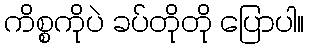
ကိစ္စကိုပဲ ခပ်တိုတို ပြောပါ။